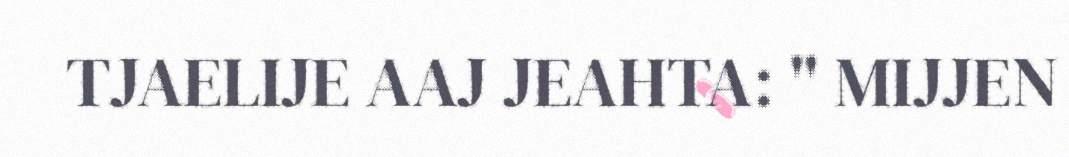
TJAELIJE AAJ JEAHTA: " MIJJEN